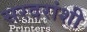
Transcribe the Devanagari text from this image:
सरदरांशी